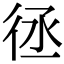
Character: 𢓞